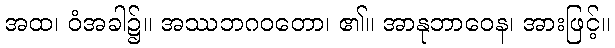
အထ၊ ဝံအခါ၌။ အဿဘဂဝတော၊ ၏။ အာနုဘာဝေန၊ အားဖြင့်။